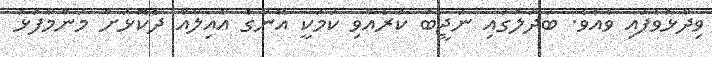
ވިދާޅުވެފައި ވެއެވެ. ބަދަލުގައި ނަޖީބު ކުރެއްވި ކަމަކީ އޭނާގެ އާއިލާއާ ދެކޮޅަށް މަންމާފުޅު